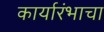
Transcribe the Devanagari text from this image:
कार्यारंभाचा